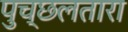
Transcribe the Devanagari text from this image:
पुच्छलतारा